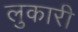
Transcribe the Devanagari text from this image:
लुकारी